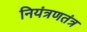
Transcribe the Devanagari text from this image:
नियंत्रणतंत्र